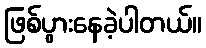
ဖြစ်ပွားနေခဲ့ပါတယ်။